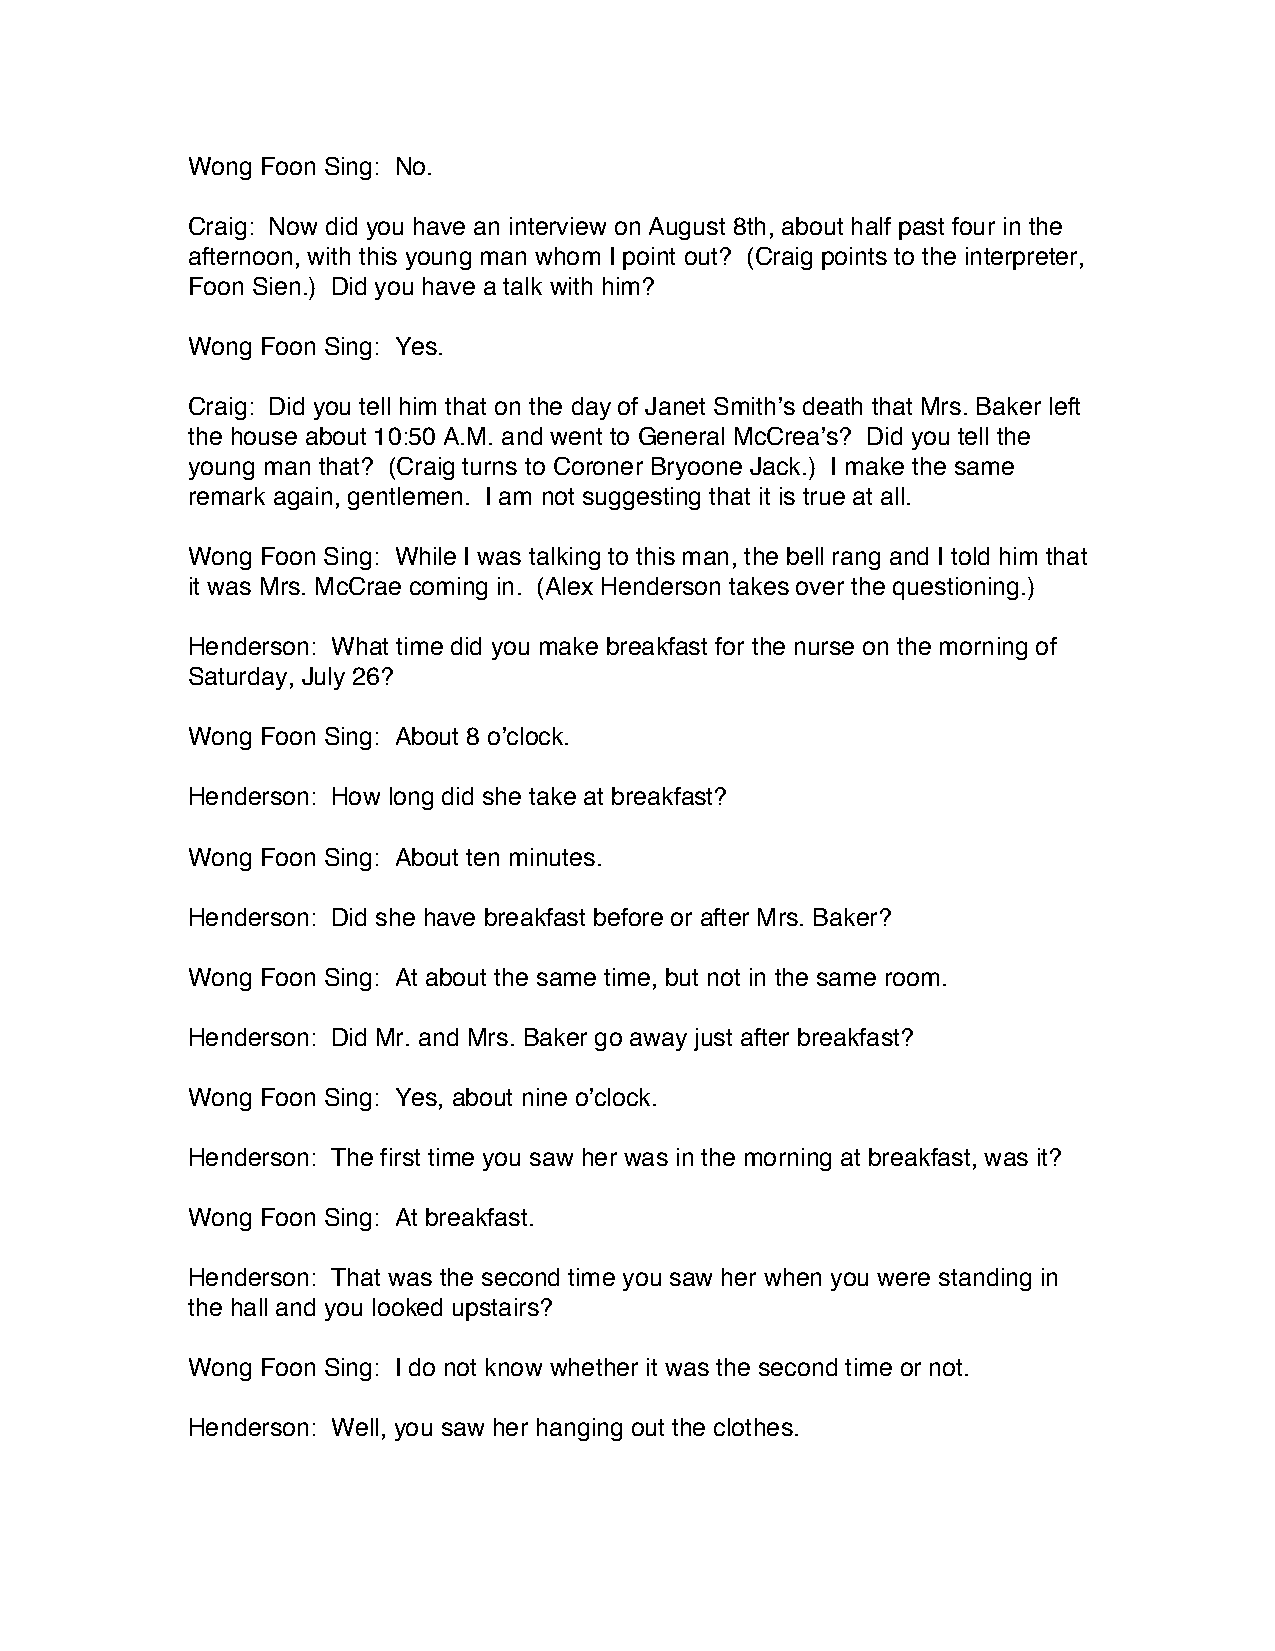
Wong Foon Sing: No.
 Craig: Now did you have an interview on August 8th, about half past four in the
 afternoon, with this young man whom I point out? (Craig points to the interpreter,
 Foon Sien.) Did you have a talk with him?
 Wong Foon Sing: Yes.
 Craig: Did you tell him that on the day of Janet Smith’s death that Mrs. Baker left
 the house about 10:50 A.M. and went to General McCrea’s? Did you tell the
 young man that? (Craig turns to Coroner Bryoone Jack.) I make the same
 remark again, gentlemen. I am not suggesting that it is true at all.
 Wong Foon Sing: While I was talking to this man, the bell rang and I told him that
 it was Mrs. McCrae coming in. (Alex Henderson takes over the questioning.)
 Henderson: What time did you make breakfast for the nurse on the morning of
 Saturday, July 26?
 Wong Foon Sing: About 8 o’clock.
 Henderson: How long did she take at breakfast?
 Wong Foon Sing: About ten minutes.
 Henderson: Did she have breakfast before or after Mrs. Baker?
 Wong Foon Sing: At about the same time, but not in the same room.
 Henderson: Did Mr. and Mrs. Baker go away just after breakfast?
 Wong Foon Sing: Yes, about nine o’clock.
 Henderson: The first time you saw her was in the morning at breakfast, was it?
 Wong Foon Sing: At breakfast.
 Henderson: That was the second time you saw her when you were standing in
 the hall and you looked upstairs?
 Wong Foon Sing: I do not know whether it was the second time or not.
 Henderson: Well, you saw her hanging out the clothes.